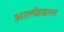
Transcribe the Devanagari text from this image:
आल्फ्रेडला